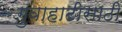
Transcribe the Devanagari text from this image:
गुवाहाटीसाठी